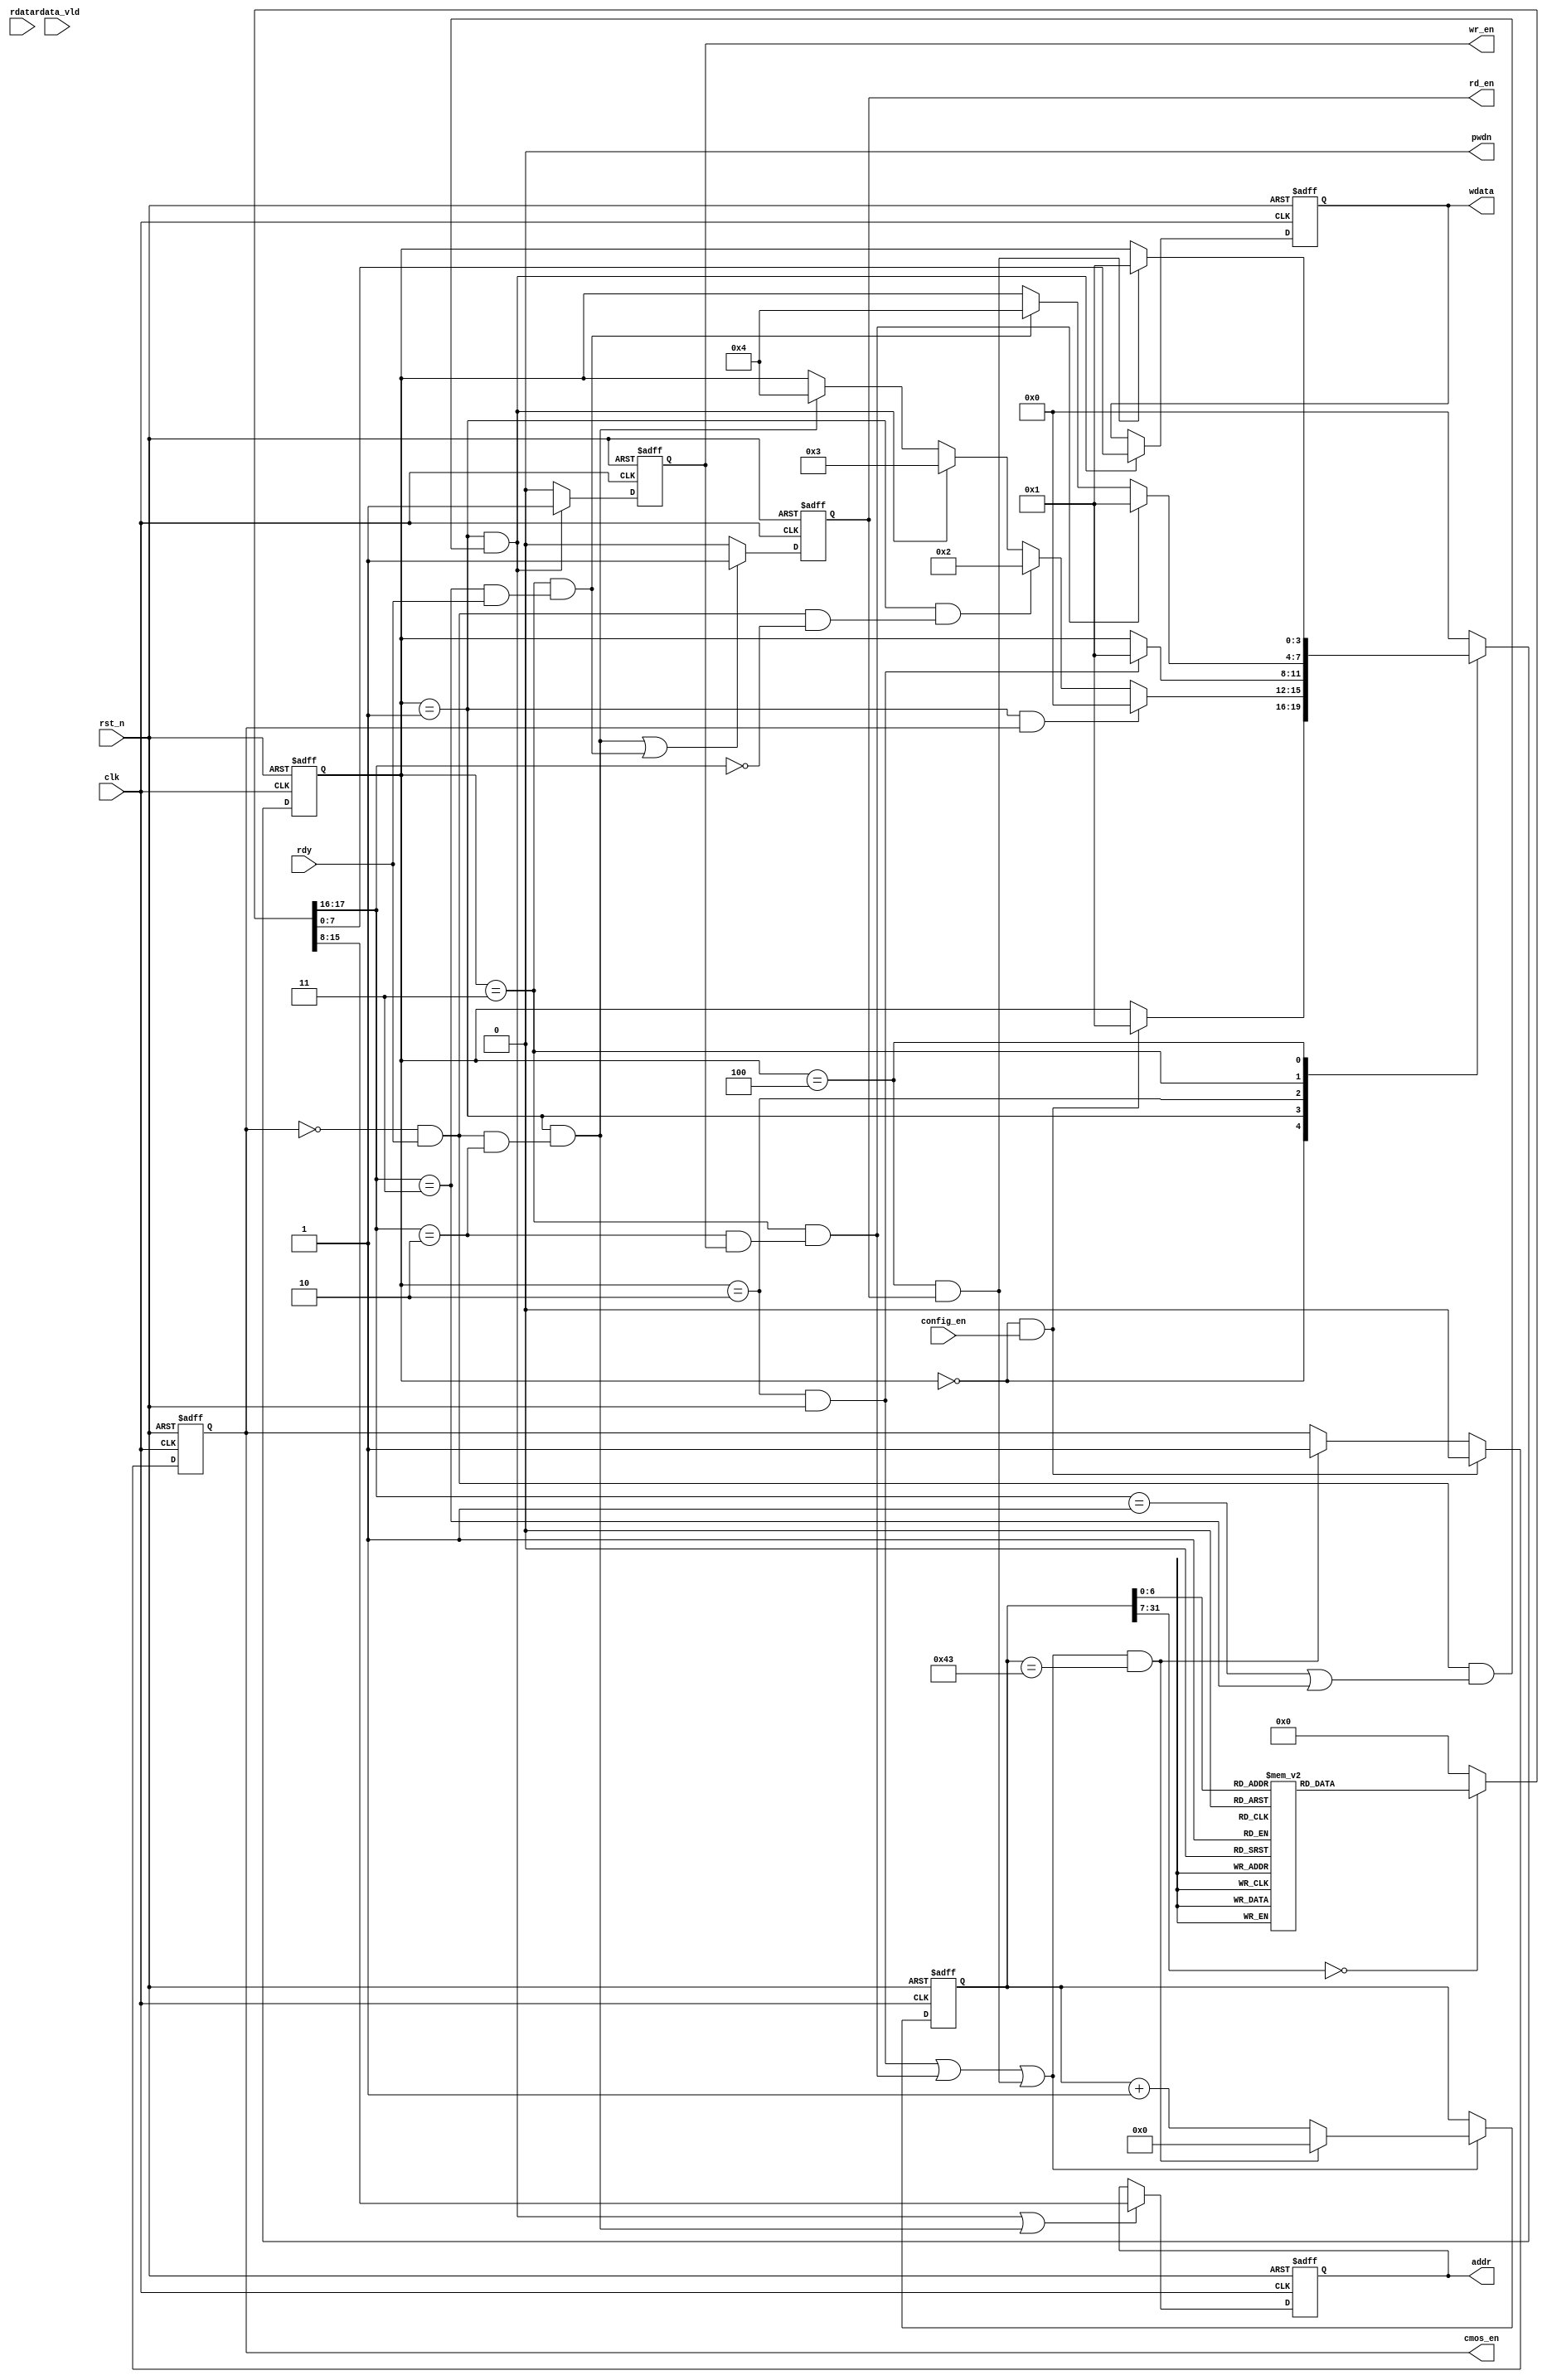
module ov7670_config(
    clk        ,
    rst_n      ,
    config_en  ,
    rdy        ,
    rdata      ,
    rdata_vld  ,
    wdata      ,
    addr       ,
    wr_en	   ,
	rd_en      ,
    cmos_en    , 
    pwdn         
    );

    //
    parameter      DATA_W  =     8;

    localparam      IDLE = 3'd0;
    localparam      S1 = 3'd1;
    localparam      S2 = 3'd2;  // nop
    localparam      S3 = 3'd3;  //write
    localparam      S4 = 3'd4;  // read
    
    //
    input               clk      ;   //50Mhz
    input               rst_n    ;
    input               config_en;
    input               rdy      ;
    input [DATA_W-1:0]  rdata    ;
    input               rdata_vld;

    //
    output reg  [DATA_W-1:0]    wdata    ;
    output reg  [DATA_W-1:0]    addr     ;
    
    output reg                  cmos_en  ;
    output reg                  wr_en    ;
    output reg                  rd_en    ;
    output                      pwdn     ;

    reg  [31:0]         reg_cnt;
    wire                add_cnt;
    wire                end_cnt;

    reg  [17:0]         add_wdata;

    reg  [3:0]          state_c;
    reg  [3:0]          state_n;
    wire                idl2s1_start; 
    wire                s12idl_start; 
    wire                s12s2_start; 
    wire                s12s3_start; 
    wire                s12s4_start; 
    wire                s12s5_start; 
    wire                s22s1_start; 
    wire                s32s1_start; 
    wire                s32s4_start; 
    wire                s42s1_start; 

    parameter      REG_NUM =       68;
    always@(*) begin
	    case(reg_cnt)
		    0   : add_wdata = {2'b11,16'h1280};	
	        1   : add_wdata = {2'b11,16'h3d03};	
	        2   : add_wdata = {2'b11,16'h1502}; 
	        3   : add_wdata = {2'b11,16'h1722};	
	        4   : add_wdata = {2'b11,16'h18a4};	
	        5   : add_wdata = {2'b11,16'h1907};	
	        6   : add_wdata = {2'b11,16'h1af0};	
	        7   : add_wdata = {2'b11,16'h3200};	
	        8   : add_wdata = {2'b11,16'h29A0};	
	        9   : add_wdata = {2'b11,16'h2CF0};	
	        10  : add_wdata = {2'b11,16'h0d41};	
	        11  : add_wdata = {2'b11,16'h1101};	
	        12  : add_wdata = {2'b11,16'h1206};	
	        13  : add_wdata = {2'b11,16'h0c10};	
	        14  : add_wdata = {2'b11,16'h427f};	
	        15  : add_wdata = {2'b11,16'h4d09};	
	        16  : add_wdata = {2'b11,16'h63f0};	
	        17  : add_wdata = {2'b11,16'h64ff};	
	        18  : add_wdata = {2'b11,16'h6500};	
	        19  : add_wdata = {2'b11,16'h6600};	
	        20  : add_wdata = {2'b11,16'h6700};
	        21  : add_wdata = {2'b11,16'h13ff};
	        22  : add_wdata = {2'b11,16'h0fc5};
	        23  : add_wdata = {2'b11,16'h1411};
	        24  : add_wdata = {2'b11,16'h2298};
	        25  : add_wdata = {2'b11,16'h2303};
	        26  : add_wdata = {2'b11,16'h2440};
	        27  : add_wdata = {2'b11,16'h2530};
	        28  : add_wdata = {2'b11,16'h26a1};
	        29  : add_wdata = {2'b11,16'h2b9e};
	        30  : add_wdata = {2'b11,16'h6baa};
	        31  : add_wdata = {2'b11,16'h13ff};
	        32  : add_wdata = {2'b11,16'h900a};
	        33  : add_wdata = {2'b11,16'h9101};
	        34  : add_wdata = {2'b11,16'h9201};
	        35  : add_wdata = {2'b11,16'h9301};
	        36  : add_wdata = {2'b11,16'h945f};
	        37  : add_wdata = {2'b11,16'h9553};//
	        38  : add_wdata = {2'b11,16'h9611};
	        39  : add_wdata = {2'b11,16'h971a};
	        40  : add_wdata = {2'b11,16'h983d}; 
	        41  : add_wdata = {2'b11,16'h995a};
	        42  : add_wdata = {2'b11,16'h9a1e};
	        43  : add_wdata = {2'b11,16'h9b3f};
	        44  : add_wdata = {2'b11,16'h9c25};
	        45  : add_wdata = {2'b11,16'h9e81};
	        46  : add_wdata = {2'b11,16'ha606};
	        47  : add_wdata = {2'b11,16'ha765};
	        48  : add_wdata = {2'b11,16'ha865};
	        49  : add_wdata = {2'b11,16'ha980};
	        50  : add_wdata = {2'b11,16'haa80};
	        51  : add_wdata = {2'b11,16'h7e0c};
	        52  : add_wdata = {2'b11,16'h7f16};
	        53  : add_wdata = {2'b11,16'h802a};
	        54  : add_wdata = {2'b11,16'h814e};  
	        55  : add_wdata = {2'b11,16'h8261};
	        56  : add_wdata = {2'b11,16'h836f};
	        57  : add_wdata = {2'b11,16'h847b};
	        58  : add_wdata = {2'b11,16'h8586};
	        59  : add_wdata = {2'b11,16'h868e};
	        60  : add_wdata = {2'b11,16'h8797};
	        61  : add_wdata = {2'b11,16'h88a4};
	        62  : add_wdata = {2'b11,16'h89af};
	        63  : add_wdata = {2'b11,16'h8ac5};
	        64  : add_wdata = {2'b11,16'h8bd7};
	        65  : add_wdata = {2'b11,16'h8ce8};
	        66  : add_wdata = {2'b11,16'h8d20};
	        67  : add_wdata = {2'b11,16'h0e65};
	    default : add_wdata = 0;
	    endcase
	end
		
	
    //

    //always(
    always@(posedge clk or negedge rst_n)begin
        if(!rst_n)begin
            state_c <= IDLE;
        end
        else begin
            state_c <= state_n;
        end
    end

    //always
    always@(*)begin
        case(state_c)
            IDLE:begin
                if(idl2s1_start)begin
                    state_n = S1;
                end                
                else begin
                    state_n = state_c;
                end
            end
            S1:begin
                if(s12idl_start)begin
                    state_n = IDLE;
                end
                else if(s12s2_start)begin
                    state_n = S2;
                end
                else if(s12s3_start)begin
                    state_n = S3;
                end
                else if(s12s4_start)begin
                    state_n = S4;
                end
                else begin
                    state_n = state_c;
                end
            end
            S2:begin
                if(s22s1_start)begin
                    state_n = S1;
                end
                else begin
                    state_n = state_c;
                end
            end
            S3:begin
                if(s32s1_start)begin
                    state_n = S1;
                end
                else if(s32s4_start)begin
                    state_n = S4;
                end
                else begin
                    state_n = state_c;
                end
            end
            S4:begin
                if(s42s1_start)begin
                    state_n = S1;
                end
                else begin
                    state_n = state_c;
                end 
            end
            default:begin
                state_n = IDLE;
            end
        endcase
    end
    //
    assign idl2s1_start  = state_c==IDLE && (config_en == 1'b1);
    assign s12idl_start  = state_c==S1 && (cmos_en == 1'b1);
    assign s12s2_start  = state_c==S1 && (cmos_en==1'b0 && rdy == 1'b1 && add_wdata[17:16] == 2'b00 );
    assign s12s3_start  = state_c==S1 && (cmos_en==1'b0 && rdy == 1'b1 
                                && (add_wdata[17:16] == 2'b01 || add_wdata[17:16] == 2'b11));
    assign s12s4_start  = state_c==S1 && (cmos_en==1'b0 && rdy == 1'b1 && add_wdata[17:16] == 2'b10 );
    assign s22s1_start  = state_c==S2    && (rst_n == 1'b1);
    assign s32s1_start  = state_c==S3    && (add_wdata[17:16] == 2'b10 && wr_en == 1'b1);
    assign s32s4_start  = state_c==S3    && (add_wdata[17:16] == 2'b11 && rdy == 1'b1);
    assign s42s1_start  = state_c==S4    && (rd_en == 1'b1);

    //always
    always @(posedge clk or negedge rst_n)begin
        if(!rst_n)begin
            reg_cnt <= 0;
        end
        else if(add_cnt)begin
            if(end_cnt)
                reg_cnt <= 0;
            else
                reg_cnt <= reg_cnt + 1;
        end
    end

    assign add_cnt = (s22s1_start | s32s1_start | s42s1_start);       
    assign end_cnt = add_cnt && reg_cnt== (REG_NUM - 1);   

    always  @(posedge clk or negedge rst_n)begin
        if(rst_n==1'b0)begin
            addr <= {DATA_W{1'b1}};
        end
        else if(s12s3_start | s12s4_start)begin
            addr <= add_wdata[15:8];
        end
    end

    always  @(posedge clk or negedge rst_n)begin
        if(rst_n==1'b0)begin
            wr_en <= 1'b0;
        end
        else if(s12s3_start)begin
            wr_en <= 1'b1;
        end
        else begin
            wr_en <= 1'b0;
        end
    end

    always  @(posedge clk or negedge rst_n)begin
        if(rst_n==1'b0)begin
            wdata <= {DATA_W{1'b0}};
        end
        else if(s12s3_start)begin
            wdata <= add_wdata[7:0];
        end
    end

    always  @(posedge clk or negedge rst_n)begin
        if(rst_n==1'b0)begin
            rd_en <= 1'b0;
        end
        else if(s12s4_start || s32s4_start)begin
            rd_en <= 1'b1;
        end
        else begin
            rd_en <= 1'b0;
        end
    end

    always  @(posedge clk or negedge rst_n)begin
        if(rst_n==1'b0)begin
            cmos_en <= 1'b0;
        end
        else if(idl2s1_start)begin
            cmos_en <= 1'b0;
        end
        else if(end_cnt)begin
            cmos_en <= 1'b1;
        end
    end

    assign pwdn = 1'b0;

endmodule